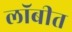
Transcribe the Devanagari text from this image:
लॉबीत